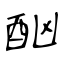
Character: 酗